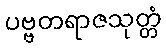
ပဗ္ဗတရာဇသုတ္တံ